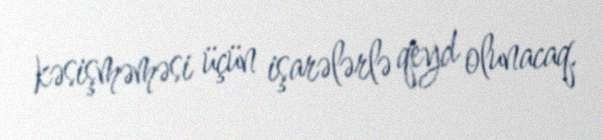
kəsişməməsi üçün işarələrlə qeyd olunacaq.